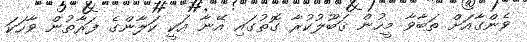
ވެންގާއަށް ތަބާވާ މީހުން ޤަބޫލުކުރާ ގޮތުގައި އޭނާ އަކީ ކަލާންގެ ފަރާތުން ވާހަކަ